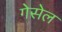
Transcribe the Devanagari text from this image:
गेसेल